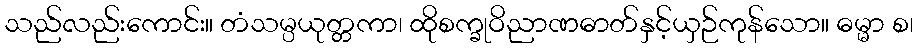
သည်လည်းကောင်း။ တံသမ္ပယုတ္တကာ၊ ထိုစက္ခုဝိညာဏဓာတ်နှင့်ယှဉ်ကုန်သော။ ဓမ္မာ စ၊